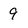
Character: 9